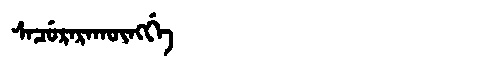
Manchu: ᠰᠠᠴᡠᡵᠠᡵᠠᡴᡡᠩᡤᡝ
Romanization: SACURARAKŪNGGE